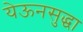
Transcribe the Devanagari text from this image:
येऊनसुद्धा